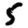
Digit: 5